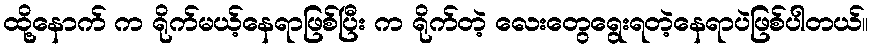
ထို့နောက် က ရိုက်မယ့်နေရာဖြစ်ပြီး က ရိုက်တဲ့ လေးတွေရွေးရတဲ့နေရာပဲဖြစ်ပါတယ်။